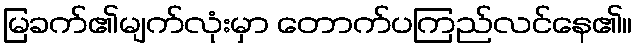
မြခက်၏မျက်လုံးမှာ တောက်ပကြည်လင်နေ၏။